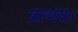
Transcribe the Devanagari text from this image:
प्रत्यय।